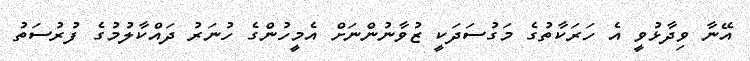
އޭނާ ވިދާޅުވީ އެ ހަރަކާތުގެ މަގުސަދަކީ ޒުވާނުންނަށް އެމީހުންގެ ހުނަރު ދައްކާލުމުގެ ފުރުސަތު